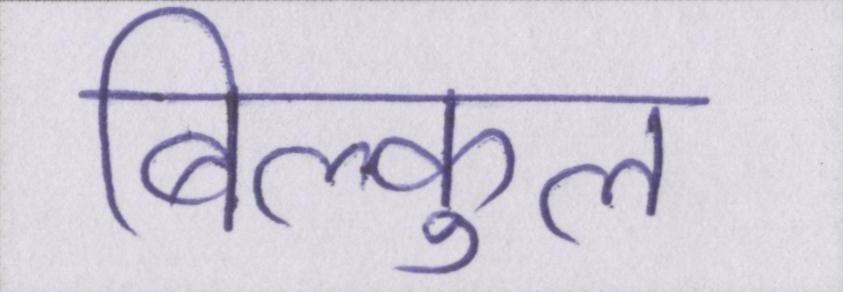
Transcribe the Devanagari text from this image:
बिल्कुल